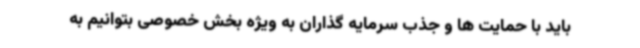
باید با حمایت ها و جذب سرمایه گذاران به ویژه بخش خصوصی بتوانیم به